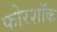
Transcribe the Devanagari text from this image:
फोरशॉक